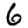
Digit: 6